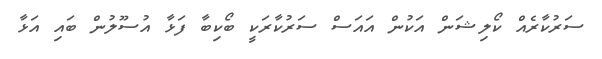
ސަރުކާރެއް ކޯލިޝަން އަކުން އައަސް ސަރުކާރަކީ ބޯކިބާ ފަޅާ އުސޫލުން ބައި އަޅާ